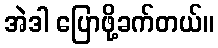
အဲဒါ ပြောဖို့ခက်တယ်။